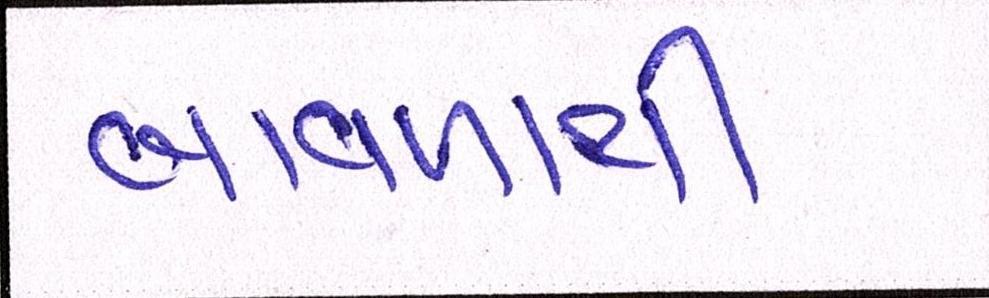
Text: બાવળાથી